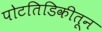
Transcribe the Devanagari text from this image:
पोटतिडिकीतून